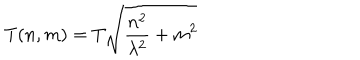
\mathrm { T } ( n , m ) = T \sqrt { \frac { n ^ { 2 } } { \lambda ^ { 2 } } + m ^ { 2 } }